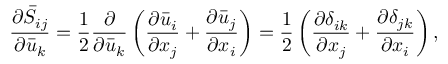
\frac { { \partial { { \bar { S } } _ { i j } } } } { { \partial { { \bar { u } } _ { k } } } } = \frac { 1 } { 2 } \frac { \partial } { { \partial { { \bar { u } } _ { k } } } } \left( { \frac { { \partial { { \bar { u } } _ { i } } } } { { \partial { x _ { j } } } } + \frac { { \partial { { \bar { u } } _ { j } } } } { { \partial { x _ { i } } } } } \right) = \frac { 1 } { 2 } \left( { \frac { { \partial { \delta _ { i k } } } } { { \partial { x _ { j } } } } + \frac { { \partial { \delta _ { j k } } } } { { \partial { x _ { i } } } } } \right) ,